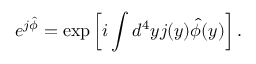
e ^ { j \hat { \phi } } = \exp \left[ i \int d ^ { 4 } y j ( y ) \hat { \phi } ( y ) \right] .